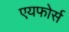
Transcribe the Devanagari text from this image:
एयफोर्स